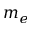
m _ { e }